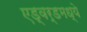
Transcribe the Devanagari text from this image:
एड्वर्डमध्ये